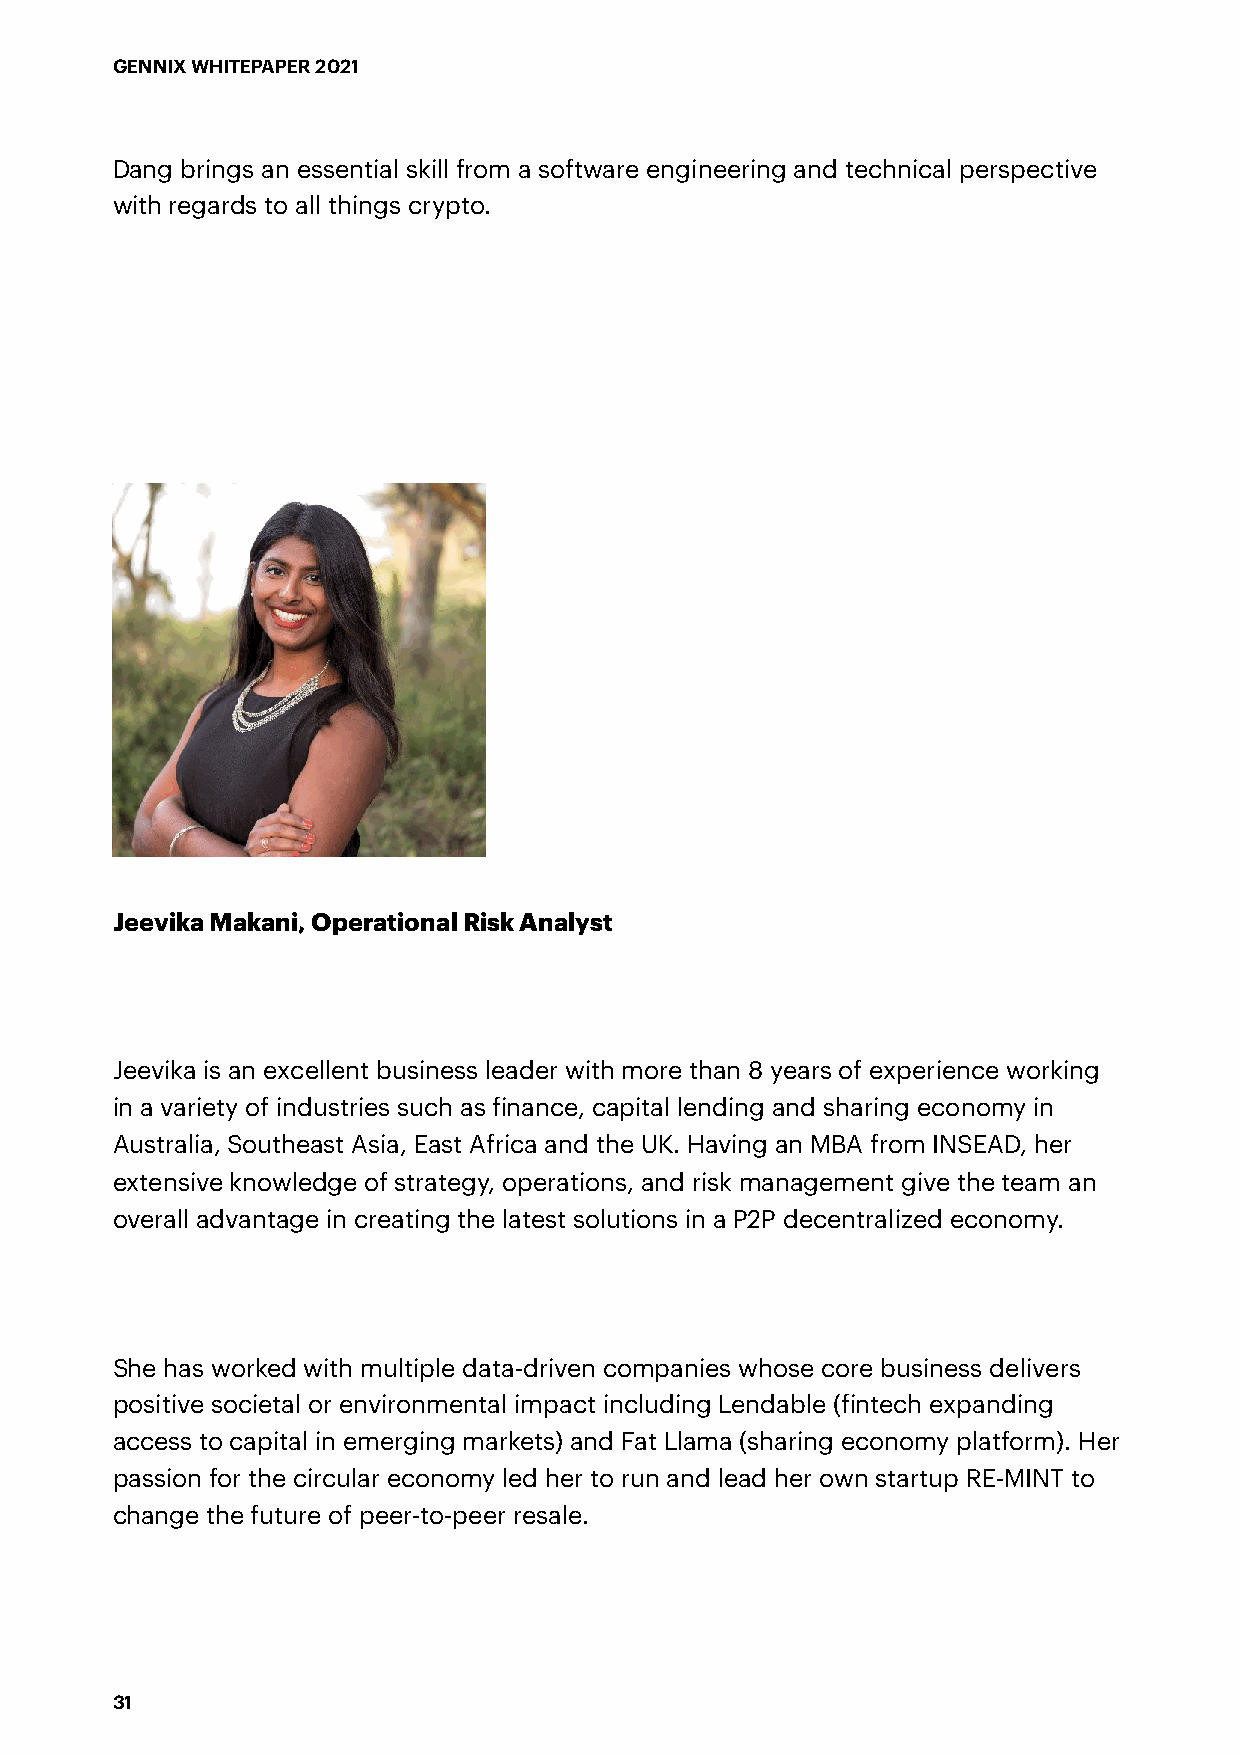
GENNIX WHITEPAPER 2021
 Dang brings an essential skill from a software engineering and technical perspective
 with regards to all things crypto.
 Jeevika Makani, Operational Risk Analyst
 Jeevika is an excellent business leader with more than 8 years of experience working
 in a variety of industries such as finance, capital lending and sharing economy in
 Australia, Southeast Asia, East Africa and the UK. Having an MBA from INSEAD, her
 extensive knowledge of strategy, operations, and risk management give the team an
 overall advantage in creating the latest solutions in a P2P decentralized economy.
 She has worked with multiple data-driven companies whose core business delivers
 positive societal or environmental impact including Lendable (fintech expanding
 access to capital in emerging markets) and Fat Llama (sharing economy platform). Her
 passion for the circular economy led her to run and lead her own startup RE-MINT to
 change the future of peer-to-peer resale.
 31